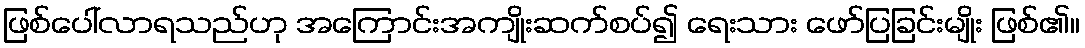
ဖြစ်ပေါ်လာရသည်ဟု အကြောင်းအကျိုးဆက်စပ်၍ ရေးသား ဖော်ပြခြင်းမျိုး ဖြစ်၏။